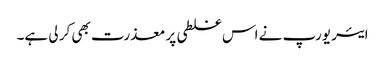
ایئر یورپ نے اس غلطی پر معذرت بھی کر لی ہے۔